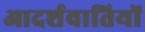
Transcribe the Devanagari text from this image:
आदर्शवातियों